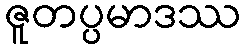
ဇူတပ္ပမာဒဿ